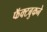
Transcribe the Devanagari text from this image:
फॅक्टबुकने